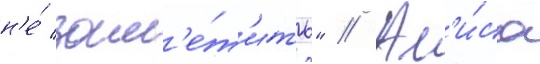
н'е́ зам'е́т'ить" // Ал'и́са